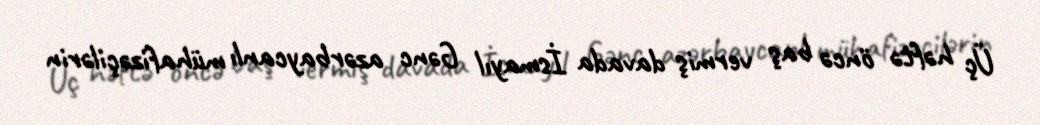
Üç həftə öncə baş vermiş davada İsmayıl Gənc azərbaycanlı mühafizəçilərin